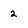
Character: 2